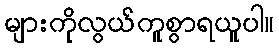
များကိုလွယ်ကူစွာရယူပါ။